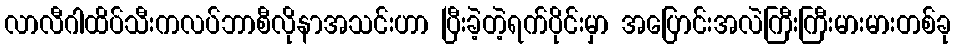
လာလီဂါထိပ်သီးကလပ်ဘာစီလိုနာအသင်းဟာ ပြီးခဲ့တဲ့ရက်ပိုင်းမှာ အပြောင်းအလဲကြီးကြီးမားမားတစ်ခု